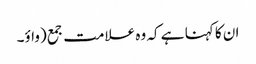
ان کا کہنا ہے کہ وہ علامت جمع (واؤ۔